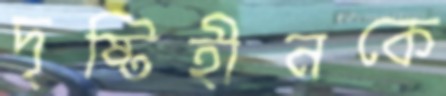
দৃষ্টিহীনকে